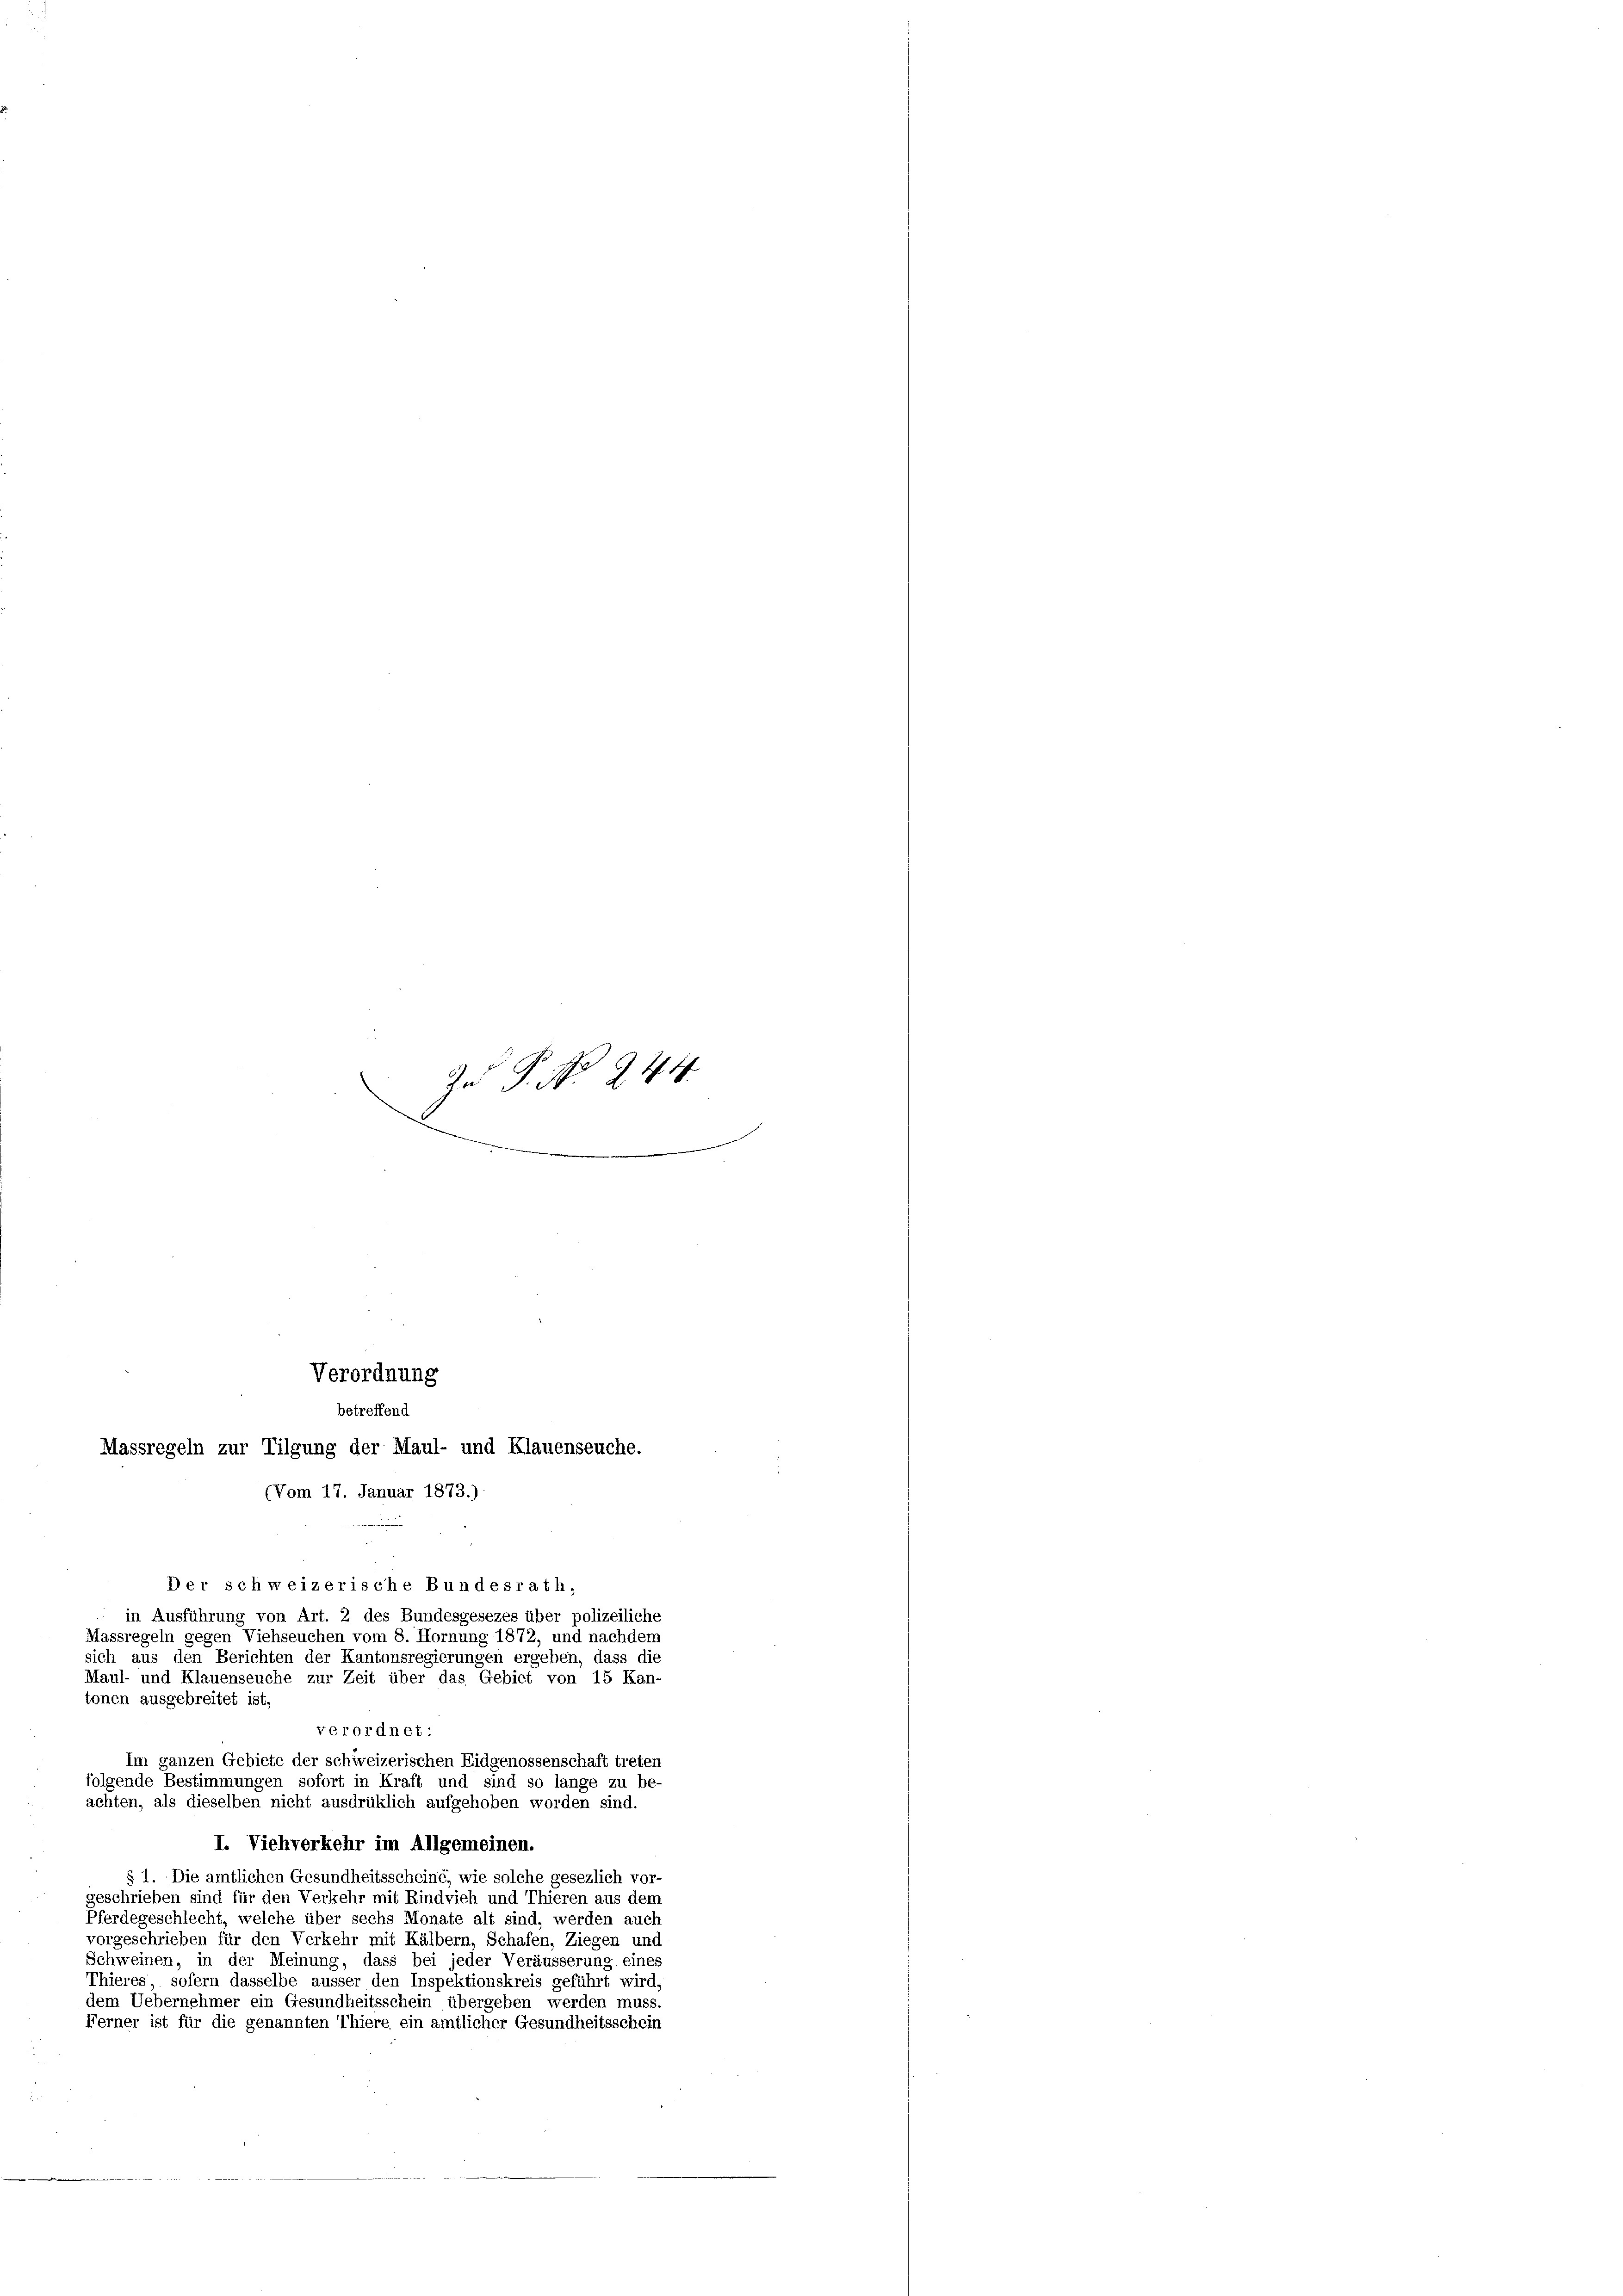
x
4
f
Zn P. Nr. 28
e
e
e
.
m

betreffend
Massregeln zur Tilgung der Maul- und Klauenseuche.
(Vom 17. Januar 1873.)

Verordnung

Der schweizerische Bundesrath,
in Ausführung von Art. 2 des Bundesgesezes über polizeiliche
Massregeln gegen Viehseuchen vom 8. Hornung 1872, und nachdem
sich aus den Berichten der Kantonsregierungen ergeben, dass die
Maul- und Klauenseuche zur Zeit über das Gebiet von 15 Kan-
tonen ausgebreitet ist,
verordnet:
Im ganzen Gebiete der schweizerischen Eidgenossenschaft treten
folgende Bestimmungen sofort in Kraft und sind so lange zu be-
achten, als dieselben nicht ausdrüklich aufgehoben worden sind.
I. Viehverkehr im Allgemeinen.
§ 1. Die amtlichen Gesundheitsscheine, wie solche gesezlich vor-
geschrieben sind für den Verkehr mit Rindvieh und Thieren aus dem
Pferdegeschlecht, welche über sechs Monate alt sind, werden auch
vorgeschrieben für den Verkehr mit Kälbern, Schafen, Ziegen und
Schweinen, in der Meinung, dass bei jeder Veräusserung eines
Thieres, sofern dasselbe äusser den Inspektionskreis geführt wird,
dem Uebernehmer ein Gesundheitsschein übergeben werden muss.
Ferner ist für die genannten Thiere ein amtlicher Gesundheitsschein